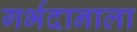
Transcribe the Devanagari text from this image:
गर्भदानाला